Physiological action of certain drugs in tablet form - Number 52A
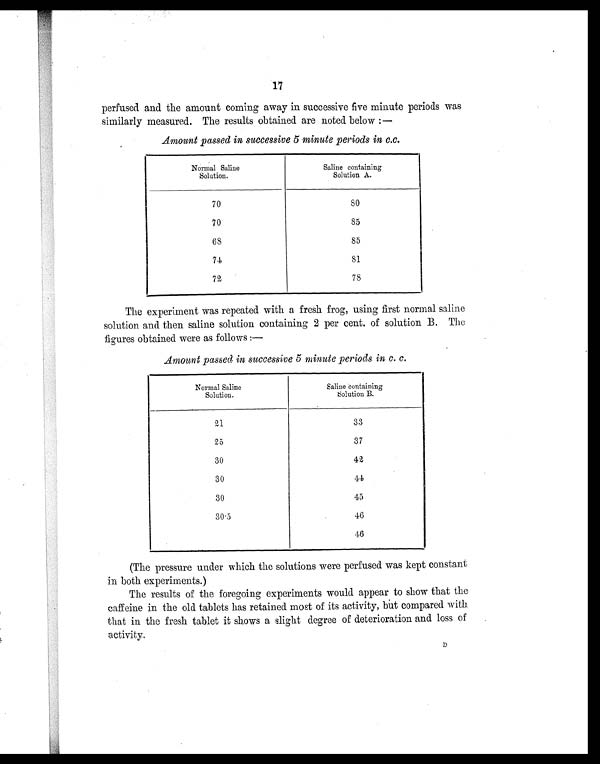
17
perfused and the amount coming away in successive five minute periods was
similarly measured. The results obtained are noted below :—
Amount passed in successive 5 minute periods in c.c.
Normal Saline
Solution.
Saline containing
Solution A.
7 0
80
70
85
6 8
85
74
81
72
78
The experiment was repeated with a fresh frog, using first normal saline
solution and then saline solution containing 2 per cent. of solution B. The
figures obtained were as follows :—
Amount passed in successive 5 minute periods in c. c.
Normal Saline
Solution.
Saline containing
Solution B.
21
33
25
37
30
42
30
44
30
45
30.5
46
46
(The pressure under which the solutions were perfused was kept constant
in both experiments.)
The results of the foregoing experiments would appear to show that the
caffeine in the old tablets has retained most of its activity, but compared with.
that in the fresh tablet it shows a slight degree of deterioration and loss of
activity.